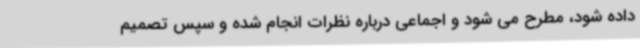
داده شود، مطرح می شود و اجماعی درباره نظرات انجام شده و سپس تصمیم